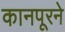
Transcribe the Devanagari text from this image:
कानपूरने